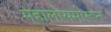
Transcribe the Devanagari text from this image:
महालासमोरून